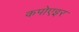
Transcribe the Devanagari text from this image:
कपोएइर